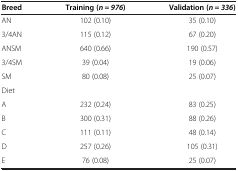
| Breed | Training ( n = 976 ) | Validation ( n = 336 ) |
 | --- | --- | --- |
 | AN | 102 (0.10) | 35 (0.10) |
 | 3/4AN | 115 (0.12) | 67 (0.20) |
 | ANSM | 640 (0.66) | 190 (0.57) |
 | 3/4SM | 39 (0.04) | 19 (0.06) |
 | SM | 80 (0.08) | 25 (0.07) |
 | Diet |  |  |
 | A | 232 (0.24) | 83 (0.25) |
 | B | 300 (0.31) | 88 (0.26) |
 | C | 111 (0.11) | 48 (0.14) |
 | D | 257 (0.26) | 105 (0.31) |
 | E | 76 (0.08) | 25 (0.07) |